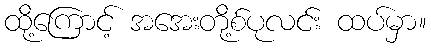
ထို့ကြောင့် အအေးတို့စ်ပုလင်း ထပ်မှာ။